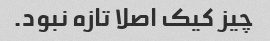
چیز کیک اصلا تازه نبود.